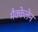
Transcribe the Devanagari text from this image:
मैक्केलेन